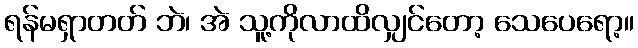
ရန်မရှာတတ် ဘဲ၊ အဲ သူ့ကိုလာထိလျှင်တော့ သေပေရော့။